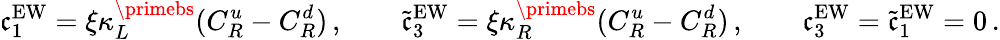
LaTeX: \mathfrak{c}_{1}^{\mathrm{{EW}}}=\xi\kappa_{L}^{\primebs}(C_{R}^{u}-C_{R}^{d})\, ,\qquad\widetilde{\mathfrak{c}}_{3}^{\mathrm{{EW}}}=\xi\kappa_{R}^{\primebs}(C_{R}^{u}-C_{R}^{d})\, ,\qquad\mathfrak{c}_{3}^{\mathrm{{EW}}}=\widetilde{\mathfrak{c}}_{1}^{\mathrm{{EW}}}=0\, .